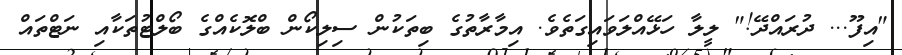
"އިފޫ... ދުރައްދޭ!" ލީލާ ހަޅޭއްލަވައިގަތެވެ. އިމާރާތުގެ ބިތަކުން ސިލިކޯން ބްލޮކެއްގެ ބޯލްޓުތަކާއި ނަޓްތައް